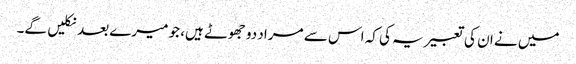
میں نے ان کی تعبیر یہ کی کہ اس سے مراد دو جھوٹے ہیں، جو میرے بعد نکلیں گے۔